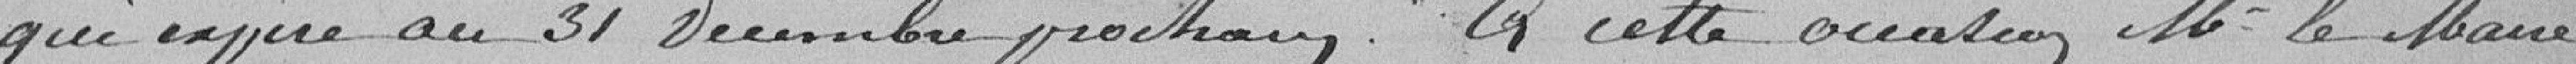
qui expire au 31 décembre prochain. A cette occasion M. le Maire